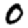
Digit: 0